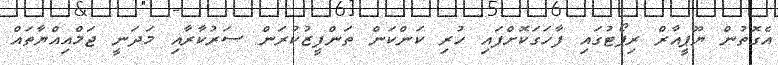
އެގޮތުން ޔޫޕީއާރް ރިޕޯޓުގައި ފާހަގަކޮށްފައި ހުރި ކަންކަން ތަންފީޒުކުރަން ސަރުކާރާއި މަދަނީ ޖަމްއިއްޔާތައް